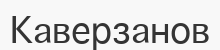
Каверзанов